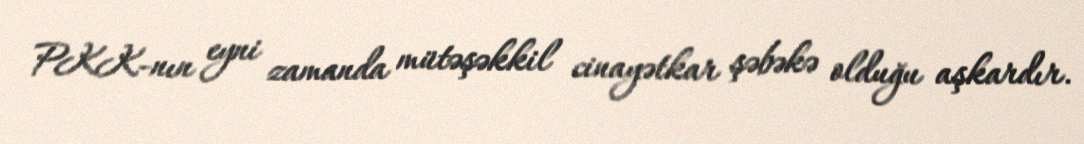
PKK-nın eyni zamanda mütəşəkkil cinayətkar şəbəkə olduğu aşkardır.